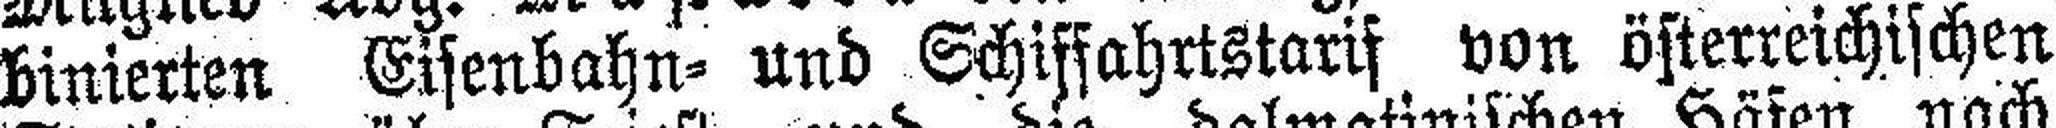
binierten Eisenbahn= und Schiffahrtstarif von österreichischen